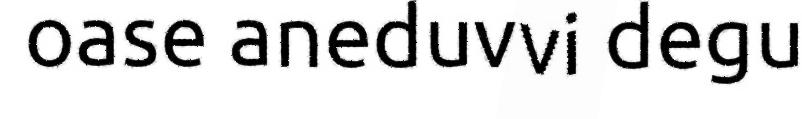
oase aneduvvi degu